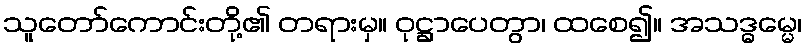
သူတော်ကောင်းတို့၏ တရားမှ။ ဝုဋ္ဌာပေတွာ၊ ထစေ၍။ အသဒ္ဓမ္မေ၊